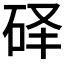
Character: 𰦰